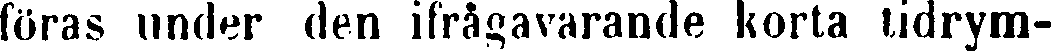
föras under den ifrågavarande korta tidrym-